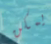
يمكن